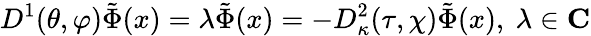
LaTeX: D^{1}(\theta,\varphi)\tilde{\Phi}(x)=\lambda\tilde{\Phi}(x)=-D_{\kappa}^{2}(\tau,\chi)\tilde{\Phi}(x),\ \lambda\in\mathbf{C}